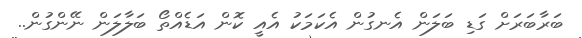
ބަރާބަރަށް ގަަޑި ބަލަން އެނގުން އެކަމަކު އެއީ ކޮން އަޑެއްތޯ ބަލާލަން ނޭންގުން..